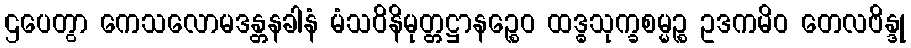
ဌပေတွာ ကေသလောမဒန္တနခါနံ မံသဝိနိမုတ္တဋ္ဌာနဉ္စေဝ ထဒ္ဓသုက္ခစမ္မဉ္စ ဥဒကမိဝ တေလဗိန္ဒု